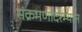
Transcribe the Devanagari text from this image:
संक्रमणांदरम्यान